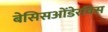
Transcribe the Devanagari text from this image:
बेसिसओंडेरविस